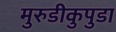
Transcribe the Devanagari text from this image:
मुरुडीकुपुडा